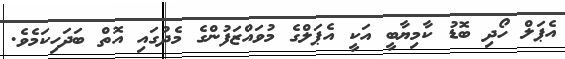
އެޕަލް ހޯދި ބޮޑު ކާމިޔާބީ އަކީ އެޕަލްގެ މުވައްޒަފުންގެ މެދުގައި އޮތް ބަދަހިކަމެވެ.